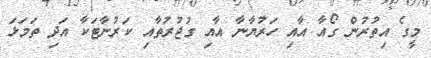
މީގެ އިތުރުން ގޯއާ އާއި ހަރުޔާނާ އާއި ގުޖުރުތާއި ކަރުނާޓަކާ އަދި ތަމަޅަ